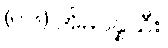
(၆၆) အိမ်ပိန္နဲသီး၊